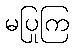
မပြုကြ